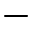
-